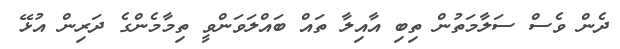
ދެން ވެސް ސަލާމަތުން ތިބި އާއިލާ ތައް ބައްލަވަންވީ ތިމާމެންގެ ދަރިން އުޅޭ